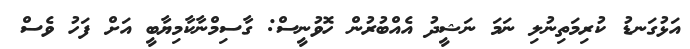
އަޅުގަނޑު ކުރިމަތިނުލި ނަމަ ނަޝީދު އެއްބުރުން ހޮވުނީސް: ގާސިމްނާކާމިޔާބީ އަށް ފަހު ވެސް